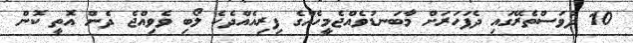
10 ދުވަސްތެރޭގައި ދެފަހަރަށް މާބަނޑުވެއްޖެމީހެއްގެ ފިރިއެއްދެކެ ލޯބި ވެވިއްޖެ ދެން އޮތީ ކޮން